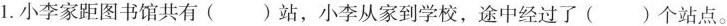
1.小李家距图书馆共有（）站，小李从家到学校，途中经过了（）个站点。